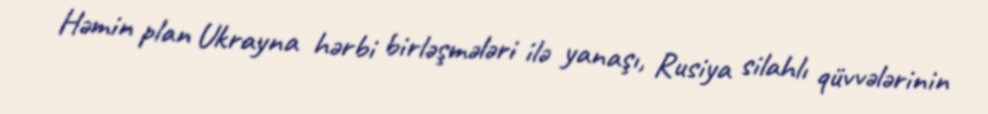
Həmin plan Ukrayna hərbi birləşmələri ilə yanaşı, Rusiya silahlı qüvvələrinin